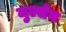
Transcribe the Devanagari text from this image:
मुल्सेन